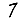
Digit: 7